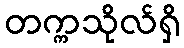
တက္ကသိုလ်ရှိ